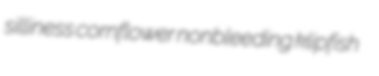
silliness cornflower nonbleeding klipfish